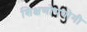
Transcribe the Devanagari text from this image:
शिक्षणोपयोगी